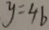
y = 4 6